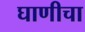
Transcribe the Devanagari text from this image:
घाणीचा